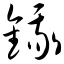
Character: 锇